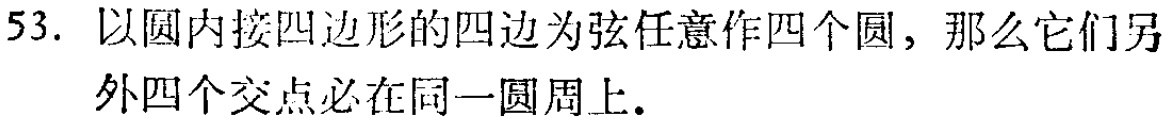
53. 以圆内接四边形的四边为弦任意作四个圆，那么它们另外四个交点必在同一圆周上.